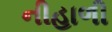
નીહાળી